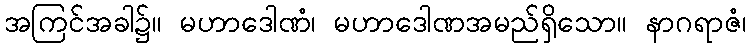
အကြင်အခါ၌။ မဟာဒေါဏံ၊ မဟာဒေါဏအမည်ရှိသော။ နာဂရာဇံ၊